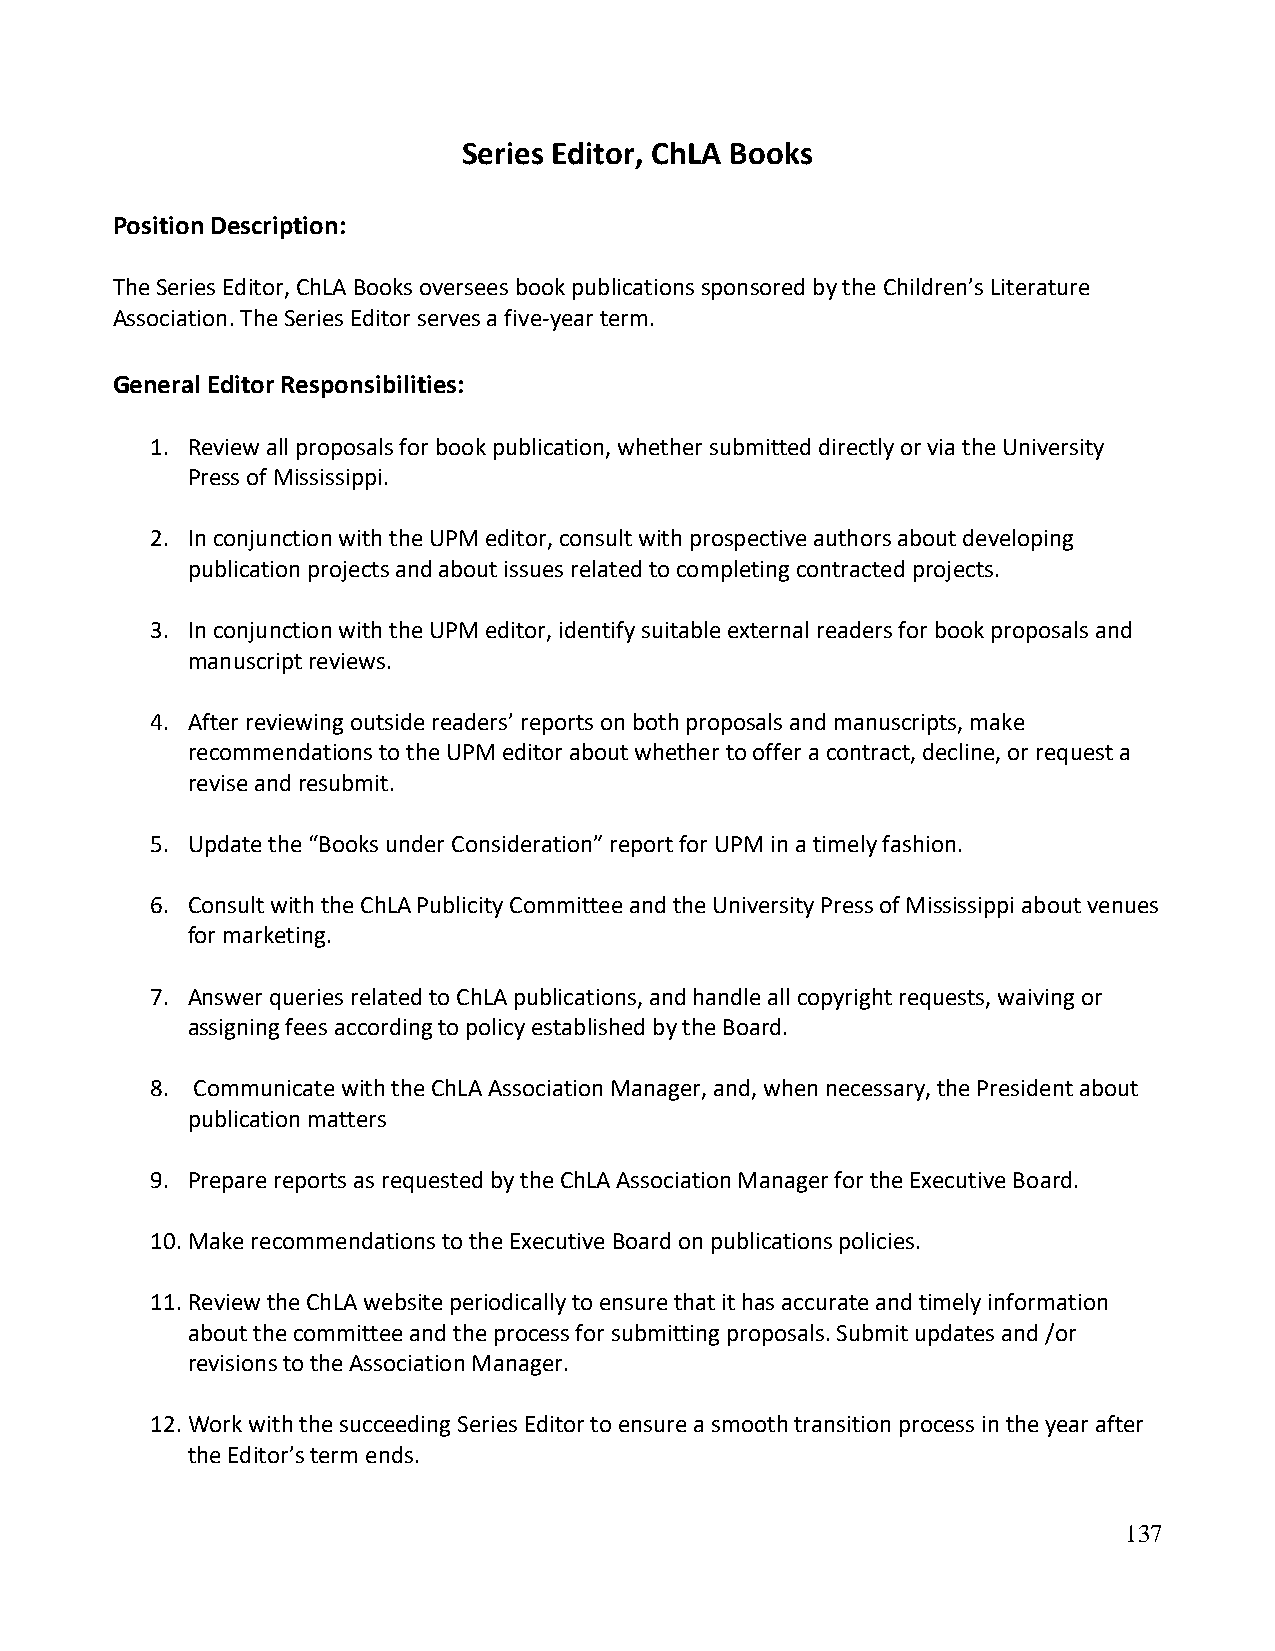
Series Editor, ChLA Books
 Position Description:
 The Series Editor, ChLA Books oversees book publications sponsored by the Children’s Literature
 Association. The Series Editor serves a five-year term.
 General Editor Responsibilities:
 1. Review all proposals for book publication, whether submitted directly or via the University
 Press of Mississippi.
 2. In conjunction with the UPM editor, consult with prospective authors about developing
 publication projects and about issues related to completing contracted projects.
 3. In conjunction with the UPM editor, identify suitable external readers for book proposals and
 manuscript reviews.
 4. After reviewing outside readers’ reports on both proposals and manuscripts, make
 recommendations to the UPM editor about whether to offer a contract, decline, or request a
 revise and resubmit.
 5. Update the “Books under Consideration” report for UPM in a timely fashion.
 6. Consult with the ChLA Publicity Committee and the University Press of Mississippi about venues
 for marketing.
 7. Answer queries related to ChLA publications, and handle all copyright requests, waiving or
 assigning fees according to policy established by the Board.
 8. Communicate with the ChLA Association Manager, and, when necessary, the President about
 publication matters
 9. Prepare reports as requested by the ChLA Association Manager for the Executive Board.
 10. Make recommendations to the Executive Board on publications policies.
 11. Review the ChLA website periodically to ensure that it has accurate and timely information
 about the committee and the process for submitting proposals. Submit updates and /or
 revisions to the Association Manager.
 12. Work with the succeeding Series Editor to ensure a smooth transition process in the year after
 the Editor’s term ends.
 137